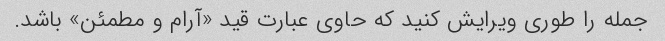
جمله را طوری ویرایش کنید که حاوی عبارت قید «آرام و مطمئن» باشد.